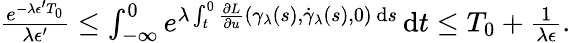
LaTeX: \begin{array}{r}{\frac{e^{-\lambda\epsilon^{\prime}T_{0}}}{\lambda\epsilon^{\prime}}\leq\int_{-\infty}^{0}e^{\lambda\int_{t}^{0}\frac{\partial L}{\partial u}(\gamma_{\lambda}(s),\dot{\gamma}_{\lambda}(s),0)\, \mathrm{d}s}\, \mathrm{d}t\leq T_{0}+\frac{1}{\lambda\epsilon}.}\end{array}